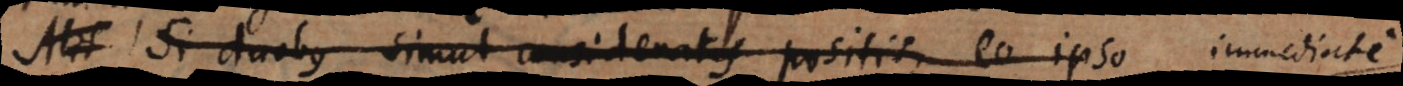
Si duobus simul consideratis positis, eo ipso